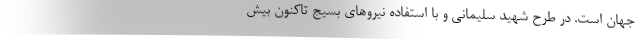
جهان است. در طرح شهید سلیمانی و با استفاده نیروهای بسیج تاکنون بیش